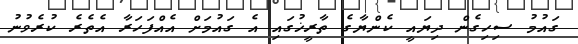
ގައުމު ސިހިގެން ދިޔައީ ކެންޔާގެ ތާރީޚުގައި އެ ގައުމަށް އެއްފަހަރާ އެތެރެ ކުރެވުނު